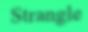
Strangle